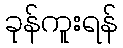
ခုန်ကူးရန်